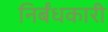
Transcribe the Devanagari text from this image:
निर्बंधकारी